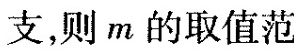
支，则m的取值范